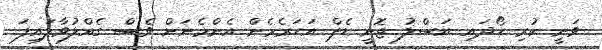
ވަނީ ކުރި ހޯދައި އަސްލު ޖޮނީ ޑެޕް އަހަރެމެން އެންމެނަށް ވެސް ގެއްލުވާލައިފަ